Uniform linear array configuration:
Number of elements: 12
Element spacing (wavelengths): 0.75
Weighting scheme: kaiser
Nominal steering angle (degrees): -45
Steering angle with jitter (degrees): -43.036
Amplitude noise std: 0.05
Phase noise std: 0.05

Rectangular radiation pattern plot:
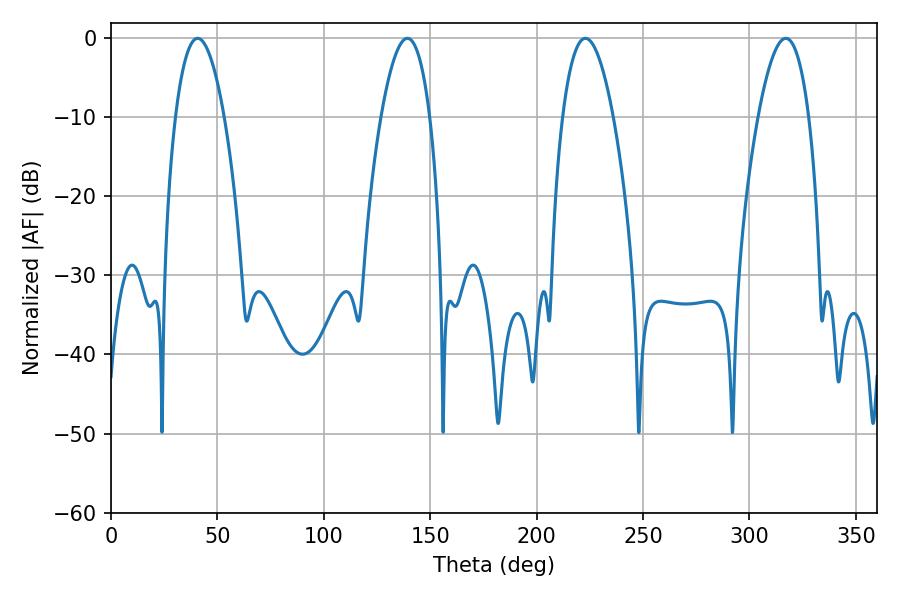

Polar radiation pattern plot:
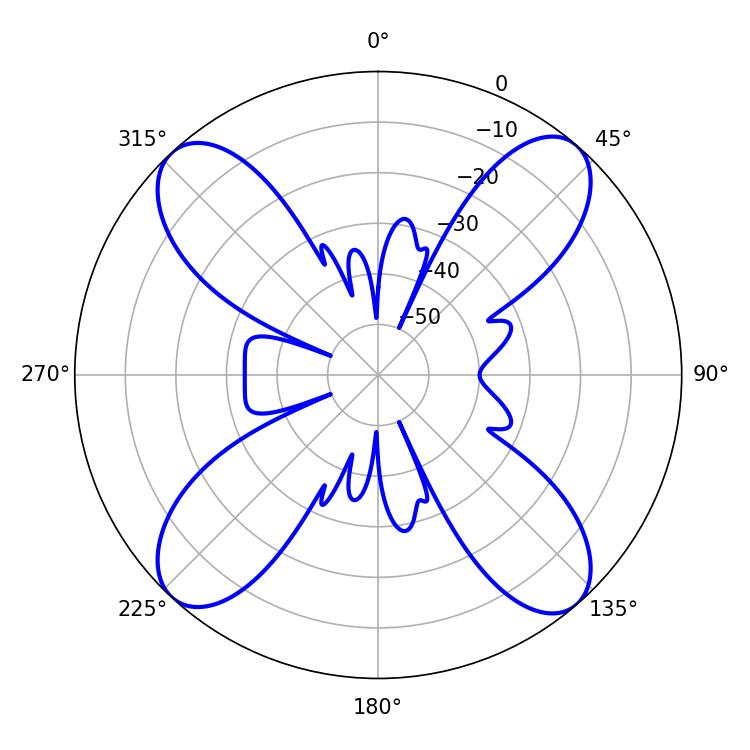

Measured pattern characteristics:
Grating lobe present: TRUE
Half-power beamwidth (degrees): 12.6
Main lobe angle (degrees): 40.68